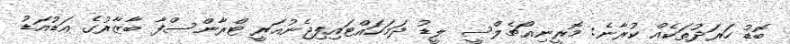
ބޮޑު ހަރަދުތަކެއް ކުރާނެ: މޮރީނިއޯޗެލްސީ ލީޑު ދަމަހައްޓައިފިޖެނުއަރީ ޓްރާންސްފާ ބާޒާރުގެ އަޑުއަޑު